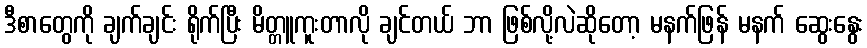
ဒီစာတွေကို ချက်ချင်း ရိုက်ပြီး မိတ္တူကူးတာလို ချင်တယ် ဘာ ဖြစ်လို့လဲဆိုတော့ မနက်ဖြန် မနက် ဆွေးနွေး